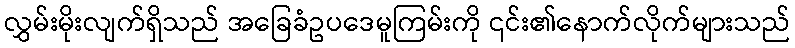
လွှမ်းမိုးလျက်ရှိသည် အခြေခံဥပဒေမူကြမ်းကို ၎င်း၏နောက်လိုက်များသည်